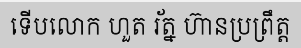
ទើបលោក ហួត រ័ត្ន ហ៊ានប្រព្រឹត្ត